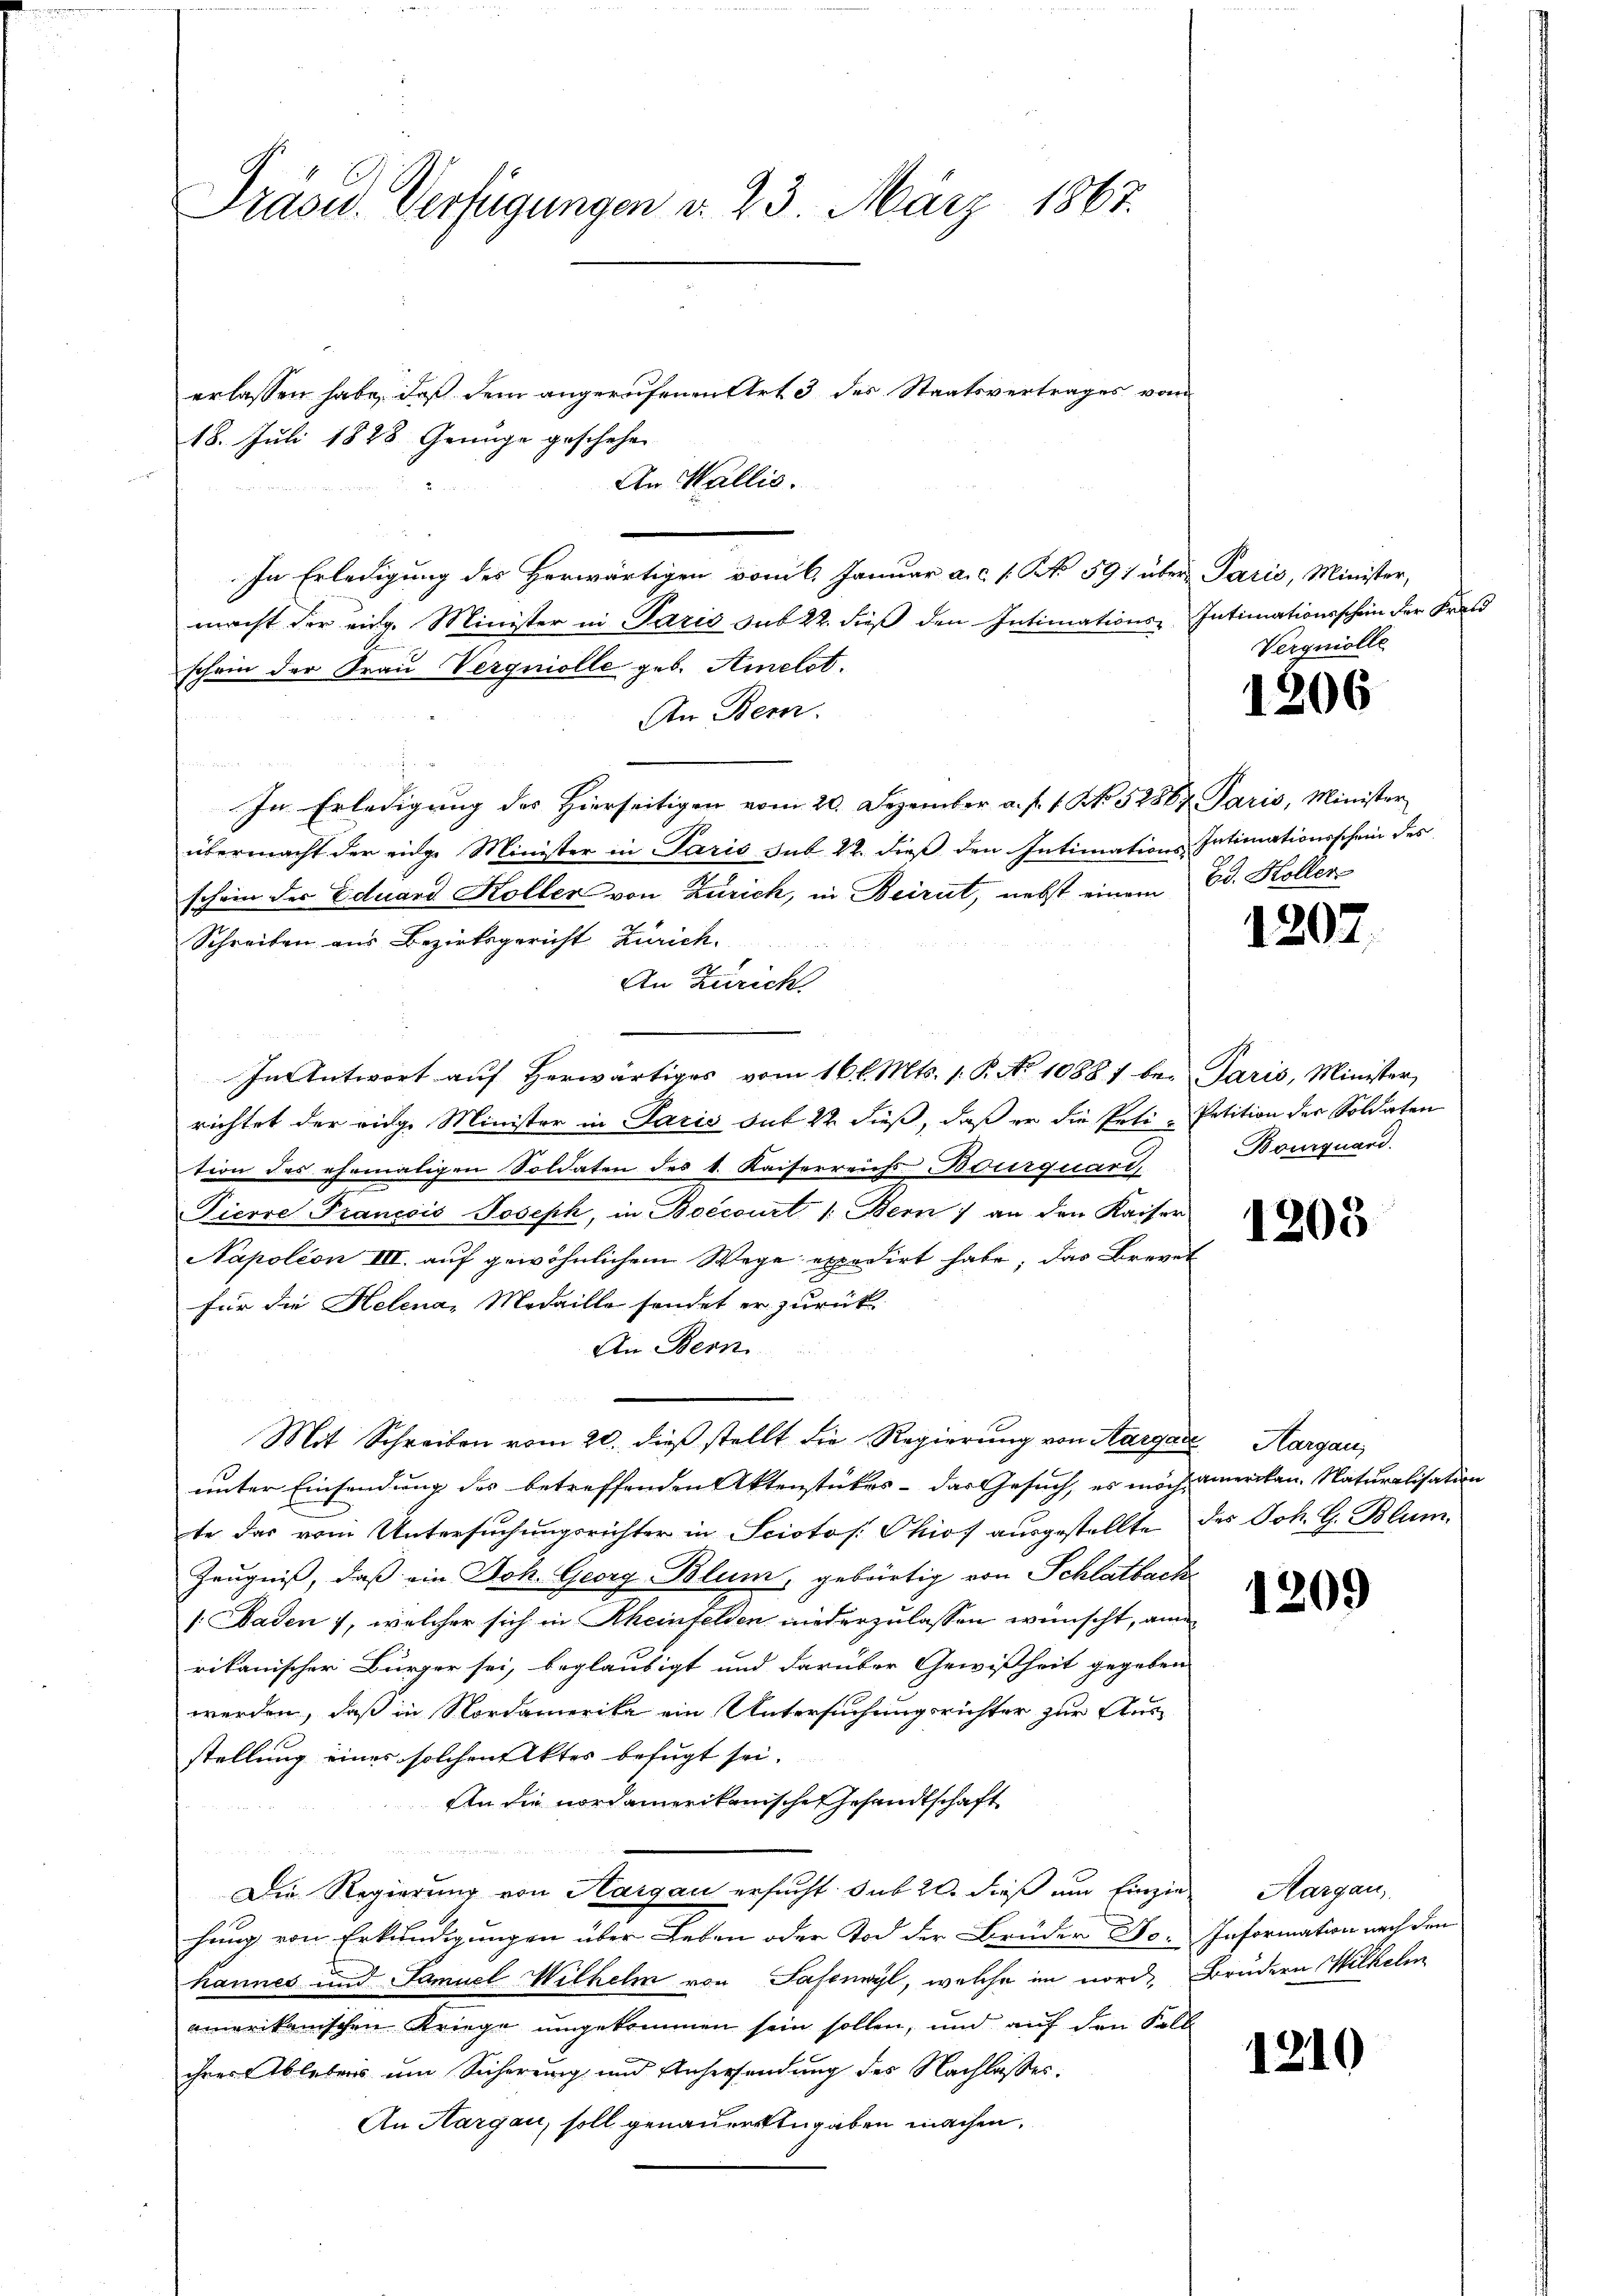
Präsid. Verfügungen d. 23. März 1867.

erlassen habe, daß dem angerufenen Art 3 des Staatsvertrages vom
18. Juli 1828 Genüge geschehen
An Wallis.
In Erledigung des Herwärtigen vom 6. Januar a.c. s. No 591 über
macht der eidg. Minister in Paris sub 22. dieß den Intimations-Intimationsschein der Kran
schein der Frau Vergniolle geb. Amelst.
An Bern.
un
In Erledigung des Hierseitigen vom 20. Dezember a. f. 1. No. 52867 Paris, Minister
übermacht der eidge Minister in Paris sub 22. dieß den Intimations-Intimationsschein des
schein der Eduard Koller von Zürich, in Beirut, nebst einem
Schreiben aus Bezirksgericht Zürich.
An Zürich
In Antwort auf Herwärtiges vom 16. l. Mts. 1. P. No 1088 1 be- Paris, Minister,
richtet der vige Minister in Paris sub 22 dieß, daß er die Peti-Petition der Soldaten
tion des ehemaligen Soldaten des k. Kaiserreichs Bourquart
Pierre Francois Joseph, in Boecourt /: Bern an den Kaiser
Napoléon III. auf gewöhnlichem Wege expedirt habe, das Brevet
für die Helena, Medaille sendet er zurück
An Bern.
Mit Schreiben vom 20. dieß stellt die Regierung von Aargare Aargau,
unter Einsendung des betreffenden Aktenstückes - das Gesuch, es mich amerikan. Naturalisation
te das vom Untersuchungsrichter in Sciotos. Phiof ausgestellte des Joh. G. Blum¬
Zeugniß, daß ein Joh. Georg Blum, gebürtig von Schlatbacke
/. Baden 7, welcher sich in Rheinfelden niederzulassen wünscht, an
rikanischer Bürger sei, beglaubigt und darüber Gewißheit gegeben
werden, daß in Nordamerika ein Untersuchungsrichter zur Ausstellung eines solchen Aktes befugt sei.
An die nordamerikanischen Gesandtschaft
Die Regierung von Margau ersucht. sub 20. dieß um Einzin-Margau,
hung von Erkundigungen über Leben oder Tod der Brüder No. Information nach den
hannes und Famuel Wilhelm von Sasenwyl, welche im norde Brudern Wilhelm
amerikanischen Kriege umgekommen sein sollen, und auf den Kalk-
ihrer Ablebens um Sicherung und Anhersendung des Nachlasses.
An Hargau, soll genauertengaben machen.

Paris, Minister,
Verquiolle

1206

Bd. Hollen

1207.

Bourquard.

1203

1209

1210